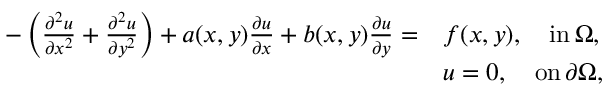
\begin{array} { r l } { - \left( \frac { \partial ^ { 2 } u } { \partial x ^ { 2 } } + \frac { \partial ^ { 2 } u } { \partial y ^ { 2 } } \right) + a ( x , y ) \frac { \partial u } { \partial x } + b ( x , y ) \frac { \partial u } { \partial y } = } & { f ( x , y ) , \quad \mathrm { i n } \, \Omega , } \\ & { u = 0 , \quad \mathrm { o n } \, \partial \Omega , } \end{array}